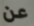
عن